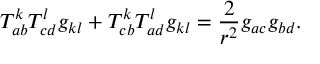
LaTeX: T _ { a b } ^ { k } T _ { c d } ^ { l } g _ { k l } + T _ { c b } ^ { k } T _ { a d } ^ { l } g _ { k l } = \frac 2 { r ^ { 2 } } g _ { a c } g _ { b d } .